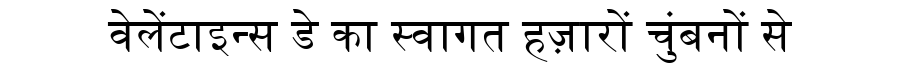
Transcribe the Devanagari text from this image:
वेलेंटाइन्स डे का स्वागत हज़ारों चुंबनों से